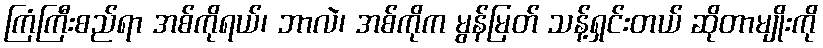
ကြံကြီးစည်ရာ အစ်ကိုရယ်၊ ဘာလဲ၊ အစ်ကိုက မွန်မြတ် သန့်ရှင်းတယ် ဆိုတာမျိုးကို